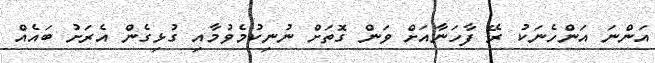
އަންނަ އަންހެނަކު ރޭ ފާހަނާއަށް ވަން ގޮތަށް ނުނިކުމެވުމާއި ގުޅިގެން އެރަށު ބައެއް